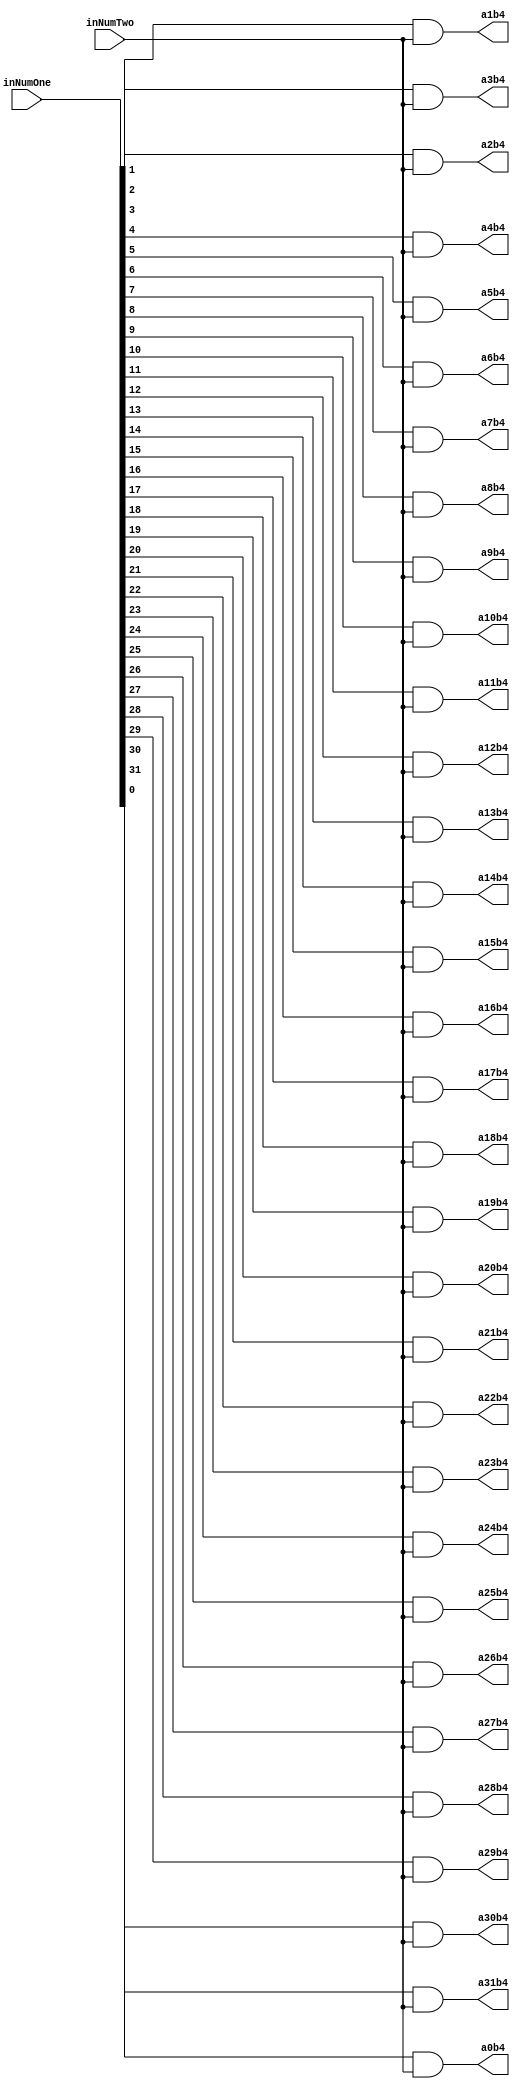
`timescale 1ns / 1ps

module PartialProductRow4(inNumOne,inNumTwo,a0b4,a1b4,a2b4,a3b4,a4b4,a5b4,a6b4,a7b4,a8b4,a9b4,a10b4,a11b4,a12b4,a13b4,a14b4,a15b4,a16b4,a17b4,a18b4,a19b4,a20b4,a21b4,a22b4,a23b4,a24b4,a25b4,a26b4,a27b4,a28b4,a29b4,a30b4,a31b4);
input [31:0] inNumOne;
input inNumTwo;
output reg a0b4,a1b4,a2b4,a3b4,a4b4,a5b4,a6b4,a7b4,a8b4,a9b4,a10b4,a11b4,a12b4,a13b4,a14b4,a15b4,a16b4,a17b4,a18b4,a19b4,a20b4,a21b4,a22b4,a23b4,a24b4,a25b4,a26b4,a27b4,a28b4,a29b4,a30b4,a31b4;

always@(inNumOne,inNumTwo)begin
	a0b4 <= inNumOne[0] & inNumTwo;
	a1b4 <= inNumOne[1] & inNumTwo;
	a2b4 <= inNumOne[2] & inNumTwo;
	a3b4 <= inNumOne[3] & inNumTwo;
	a4b4 <= inNumOne[4] & inNumTwo;
	a5b4 <= inNumOne[5] & inNumTwo;
	a6b4 <= inNumOne[6] & inNumTwo;
	a7b4 <= inNumOne[7] & inNumTwo;
	a8b4 <= inNumOne[8] & inNumTwo;
	a9b4 <= inNumOne[9] & inNumTwo;
	a10b4 <= inNumOne[10] & inNumTwo;
	a11b4 <= inNumOne[11] & inNumTwo;
	a12b4 <= inNumOne[12] & inNumTwo;
	a13b4 <= inNumOne[13] & inNumTwo;
	a14b4 <= inNumOne[14] & inNumTwo;
	a15b4 <= inNumOne[15] & inNumTwo;
	a16b4 <= inNumOne[16] & inNumTwo;
	a17b4 <= inNumOne[17] & inNumTwo;
	a18b4 <= inNumOne[18] & inNumTwo;
	a19b4 <= inNumOne[19] & inNumTwo;
	a20b4 <= inNumOne[20] & inNumTwo;
	a21b4 <= inNumOne[21] & inNumTwo;
	a22b4 <= inNumOne[22] & inNumTwo;
	a23b4 <= inNumOne[23] & inNumTwo;
	a24b4 <= inNumOne[24] & inNumTwo;
	a25b4 <= inNumOne[25] & inNumTwo;
	a26b4 <= inNumOne[26] & inNumTwo;
	a27b4 <= inNumOne[27] & inNumTwo;
	a28b4 <= inNumOne[28] & inNumTwo;
	a29b4 <= inNumOne[29] & inNumTwo;
	a30b4 <= inNumOne[30] & inNumTwo;
	a31b4 <= inNumOne[31] & inNumTwo;
end

endmodule